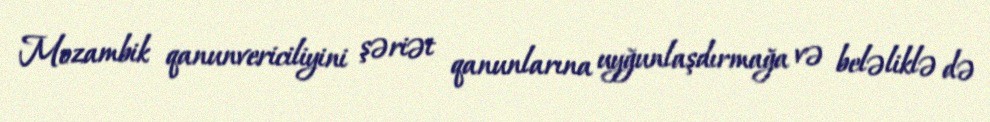
Mozambik qanunvericiliyini şəriət qanunlarına uyğunlaşdırmağa və beləliklə də